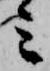
ミ